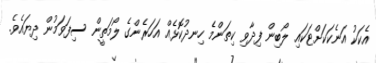
އެކަކު އަނެކަކަށްޓަކައި ލޯބިން ފިދާވި ކިތަންމެ ހިނދުކޮޅެއް އަހަރެންގެ ލޯމަތީން ސިފަވަމުން ދިޔައެވެ.